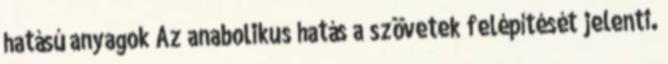
hatású anyagok Az anabolikus hatás a szövetek felépítését jelenti.